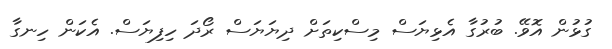
ގުޅުން އޮވޭ. ބުރުގާ އެޅިޔަސް މިސްކިތަށް ދިޔަޔަސް ރޯދަ ހިފިޔަސް. އެކަން ހިނގާ